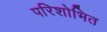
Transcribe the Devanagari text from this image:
परिशोभित